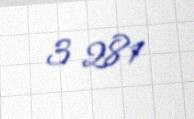
3 281